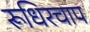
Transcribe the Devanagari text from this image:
रूधिरचाप